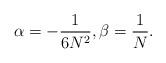
LaTeX: \begin{align*}\alpha = -\frac{1}{6N^2}, \beta = \frac{1}{N}.\end{align*}